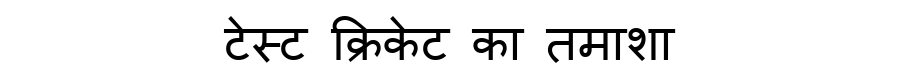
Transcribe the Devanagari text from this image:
टेस्ट क्रिकेट का तमाशा